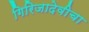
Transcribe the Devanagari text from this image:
गिरिजादेवीचा